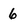
Character: 6